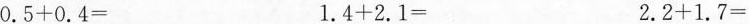
$$0.5 + 0.4 =$$ $$1.4 + 2.1 =$$